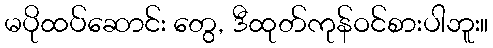
မပိုထပ်ဆောင်း တွေ, ဒီထုတ်ကုန်ဝင်စားပါဘူး။